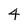
Character: 4